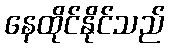
နေထိုင်နိုင်သည်